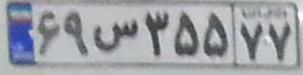
۶۹س۳۵۵۷۷